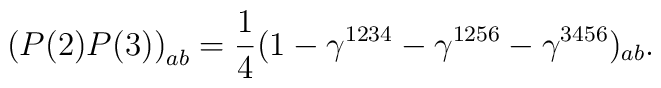
\left(P(2)P(3)\right)_{ab}=\frac{1}{4}(1-\gamma^{1234}-\gamma^{1256} - \gamma^{3456})_{ab}.